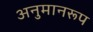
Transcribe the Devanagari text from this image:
अनुमानरूप